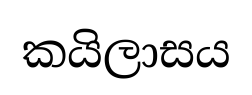
කයිලාසය